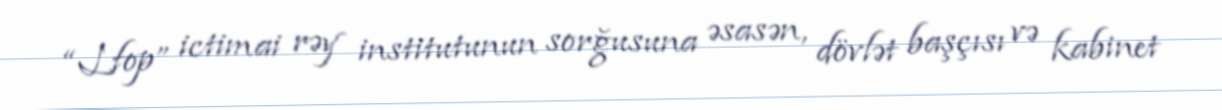
“Lfop” ictimai rəy institutunun sorğusuna əsasən, dövlət başçısı və kabinet